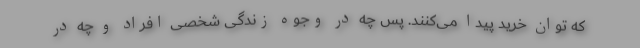
که توان خرید پیدا می‌کنند. پس چه در وجوه زندگی شخصی افراد و چه در